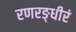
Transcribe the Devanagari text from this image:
रणरङ्धीरं